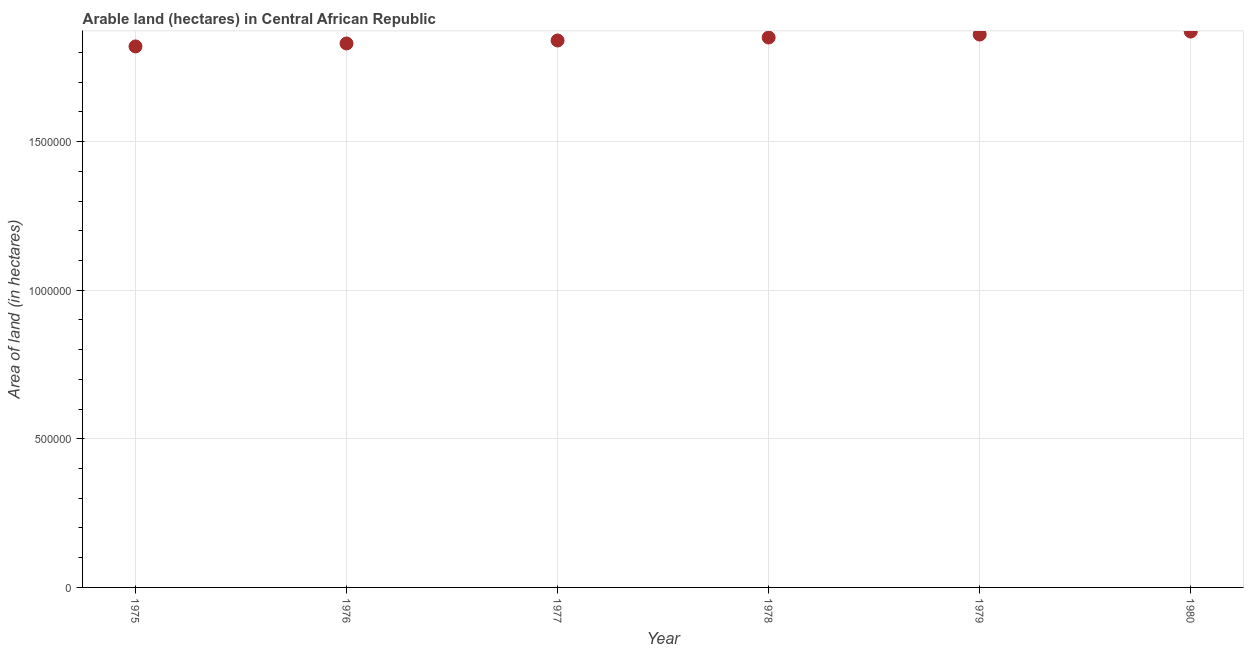
| Year | Area of land |
 | --- | --- |
 | 1975 | 1.82e+06 |
 | 1976 | 1.83e+06 |
 | 1977 | 1.84e+06 |
 | 1978 | 1.85e+06 |
 | 1979 | 1.86e+06 |
 | 1980 | 1.87e+06 |